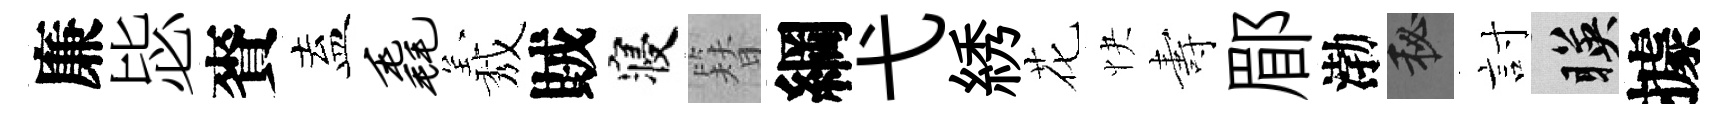
廉毖賚盍毳𦏁賊寝簪綱弋綉花快夀郿渤秘討暎據